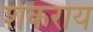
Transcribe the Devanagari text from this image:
शंकराय